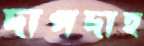
দাপদাহ